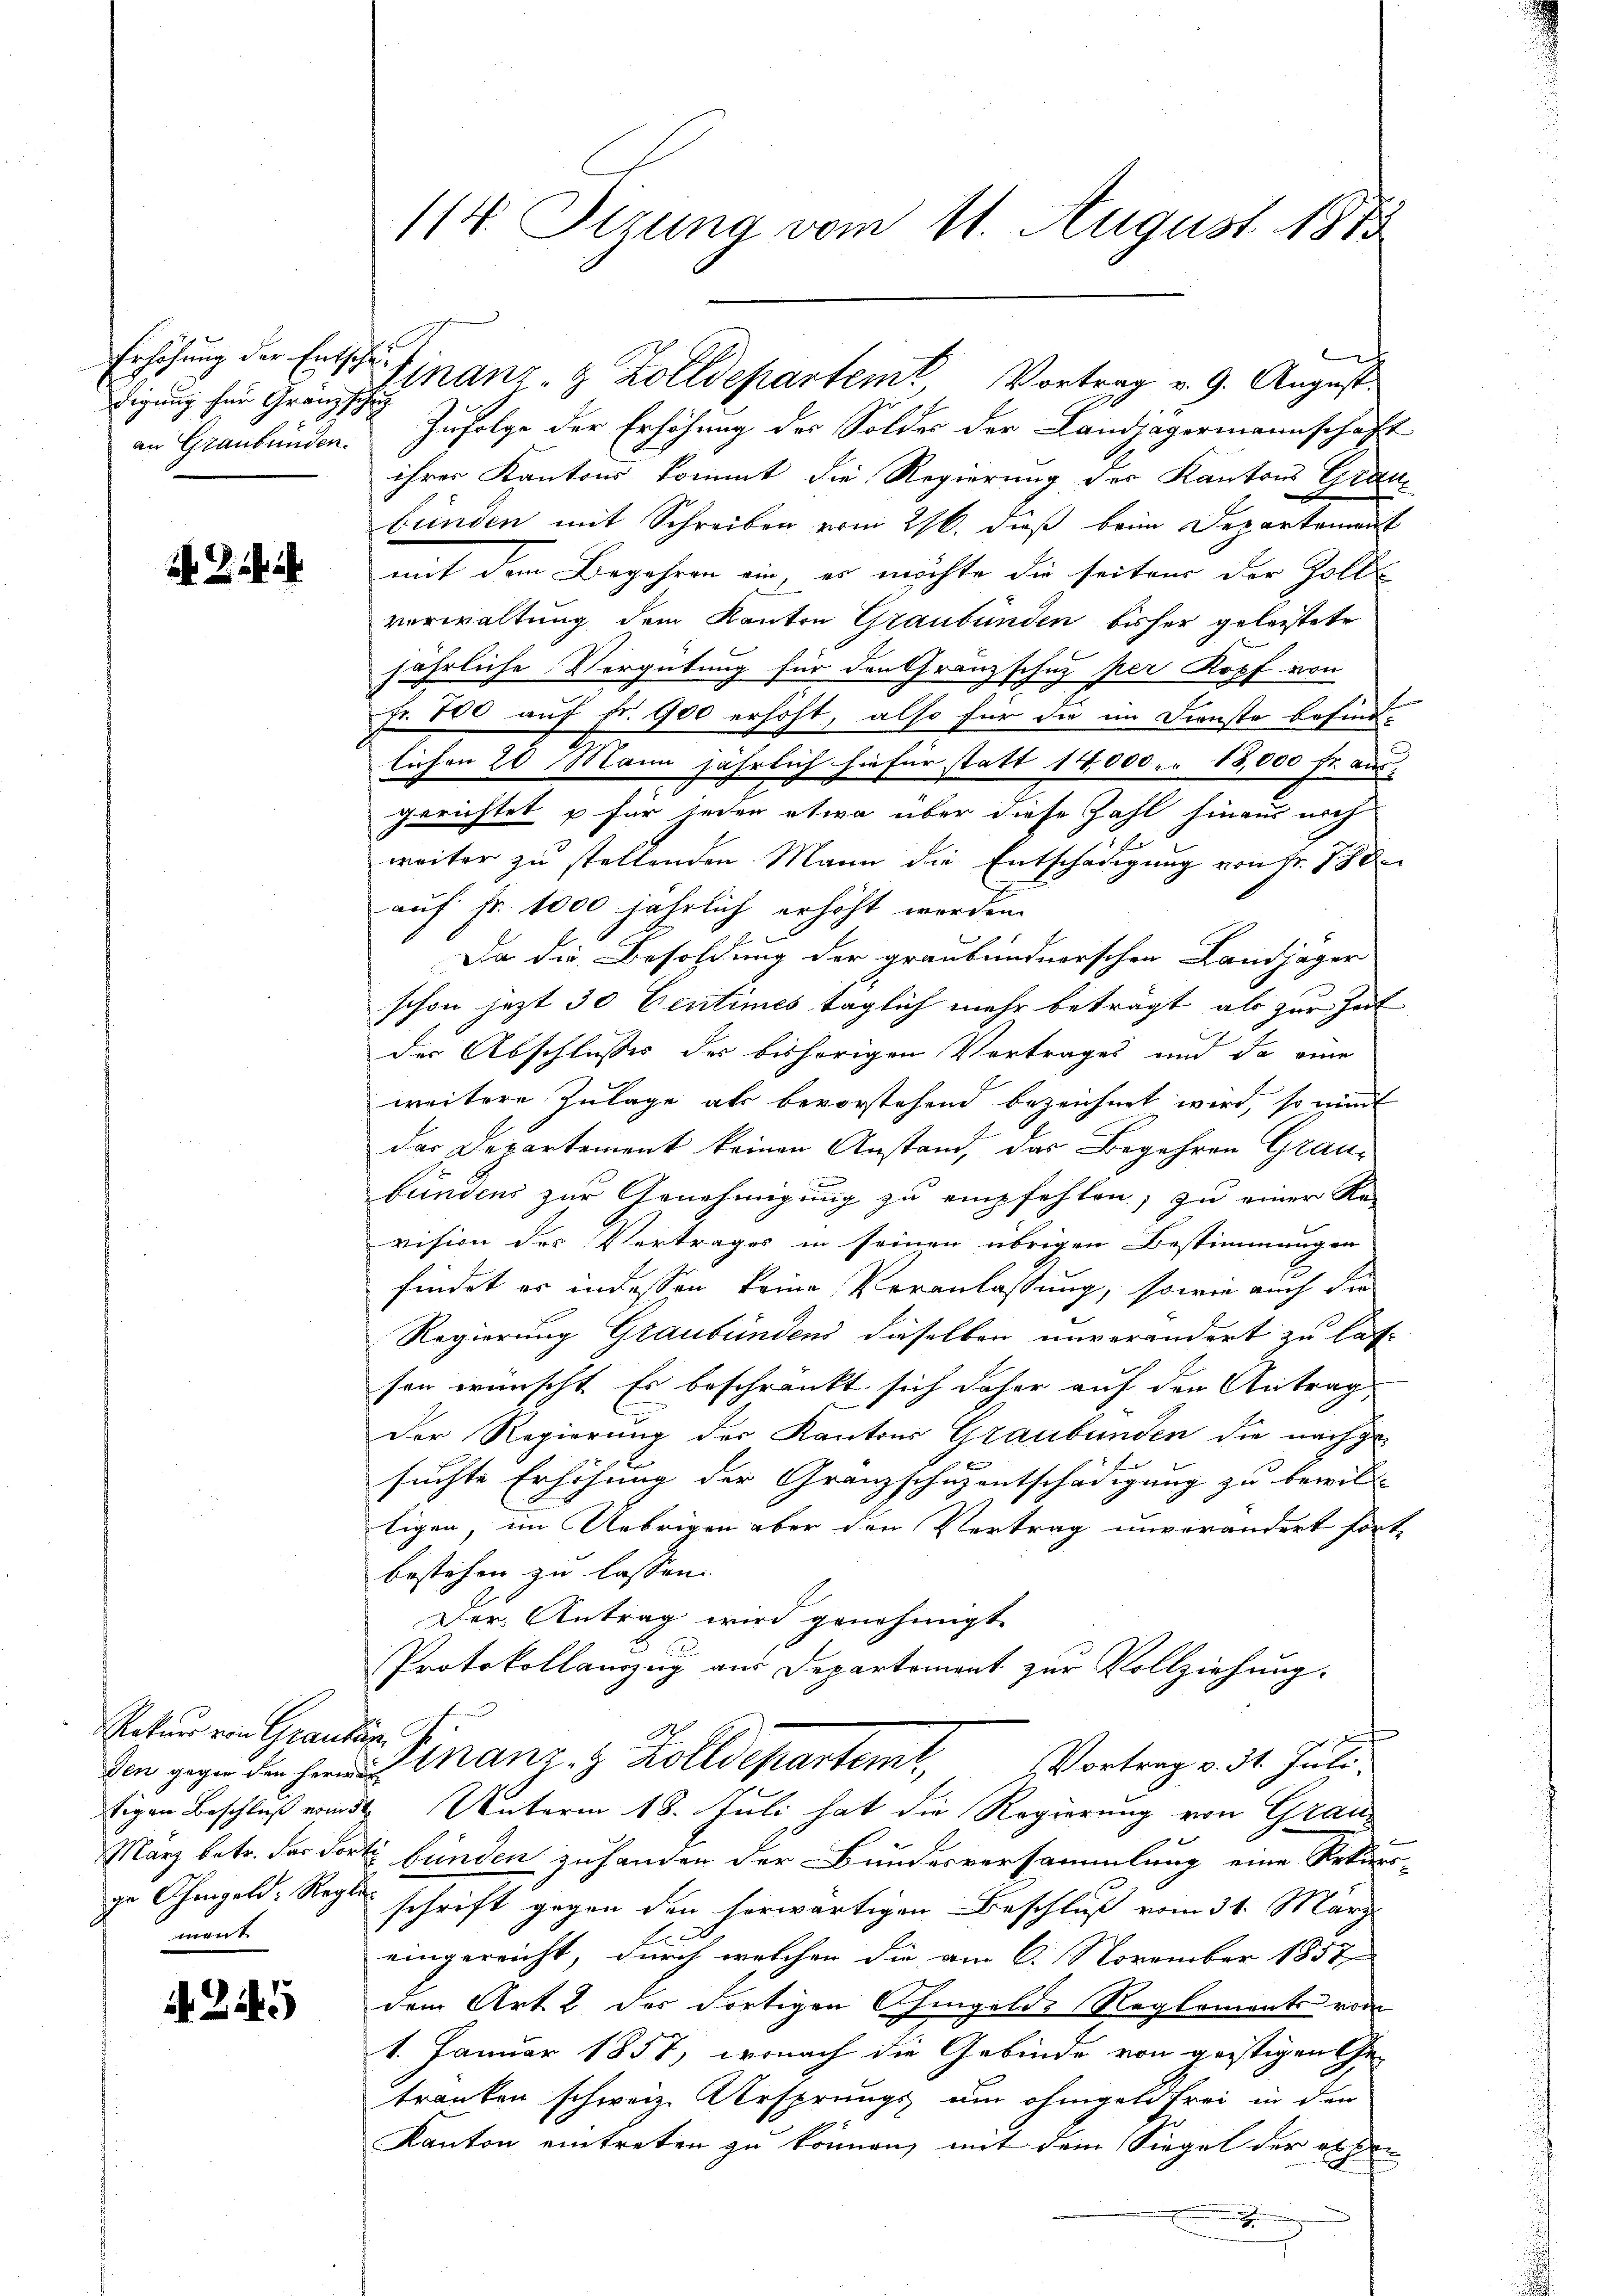
Erhöhung der Entschedigung für Gränz schie
an Graubünden.

A Zi

Ratur von Graubün
ment

114. Setzung vom 11. August 1873

Zufolge der Erhöhung des Soldes der Landjägermannschaft
ihrer Kantons kommt die Regierung der Kantons Grau-
bünden mit Schreiben vom 216. dieß beim Departement
mit dem Begehren ein, es möchte die seitens der Zoll-
verwaltung dem Kanton Graubünden bisher geleistete
jährliche Vergütung für den Granzschuz per Kopf von
Fr. 100 auf fr. 900 erhöht, also für die im Dienste befind.
lichen 20 Mann jährlich hiefür statt 14,000. u 18,000 fr. aus,
gerichtet u für jeden etwa über diese Zahl hinaus noch
weiter zu stellenden Mann die Entschädigung von Fr. 18
auf Fr. 1000 jährlich erhöht werden.
Da die Besoldung der graubündnerschen Landjäger
schon jezt 30 Centimes täglich mehr beträgt, als zur Zeit
der Abschlusses der bisherigen Vertrages und da eine
weitere Zulage als bevorstehend bezeichnet wird, so mit
der Departement keinen Anstand, das Begehren Graubundens zur Genehmigung zu empfehlen; zu einer Re-
vision des Vertrages in seinen übrigen Bestimmungen
findet er indessen keine Veranlassung, sowie auch die
d
Regierung Graubündens dieselben unverändert zu las
sen wünscht. Es beschränkt, sich daher auf den Antrag
Der Regierung der Kantons Graubünden die nachgesuchte Erhöhung der Granzschuzentschädigung zu bewill
tigen, im Uebrigen aber den Vertrag unverändert fort-
bestehen zu lassen.
Der Antrag wird genehmigt.
Protokollauszug aus Departement zur Vollziehung.
Vortrag v. 31. Juli.
den gegen den Herrn Finanz- & Zolldeparteme,
tigen Beschluß vom Unterm 18. Juli hat die Regierung von Grau¬
März betr. das dorti bünden zuhanden der Bundesversammlung eine Rekurs-
ge Changeld-Regle schrift gegen den herwärtigen Beschluß vom 31. März
eingereicht, durch welchen die am 6. November 1857
dem Art 2 der dortigen Chingelde Reglements vom
1. Januar 1857, wonach die Gebinde von geistigen Ge-
tranken schweiz. Ursprungs um ohngeld frei in den
Kanton eintreten zu können, mit dem Siegel der absen
.

Ginanz- & Zolldepartem Vortrag v. 9. August.